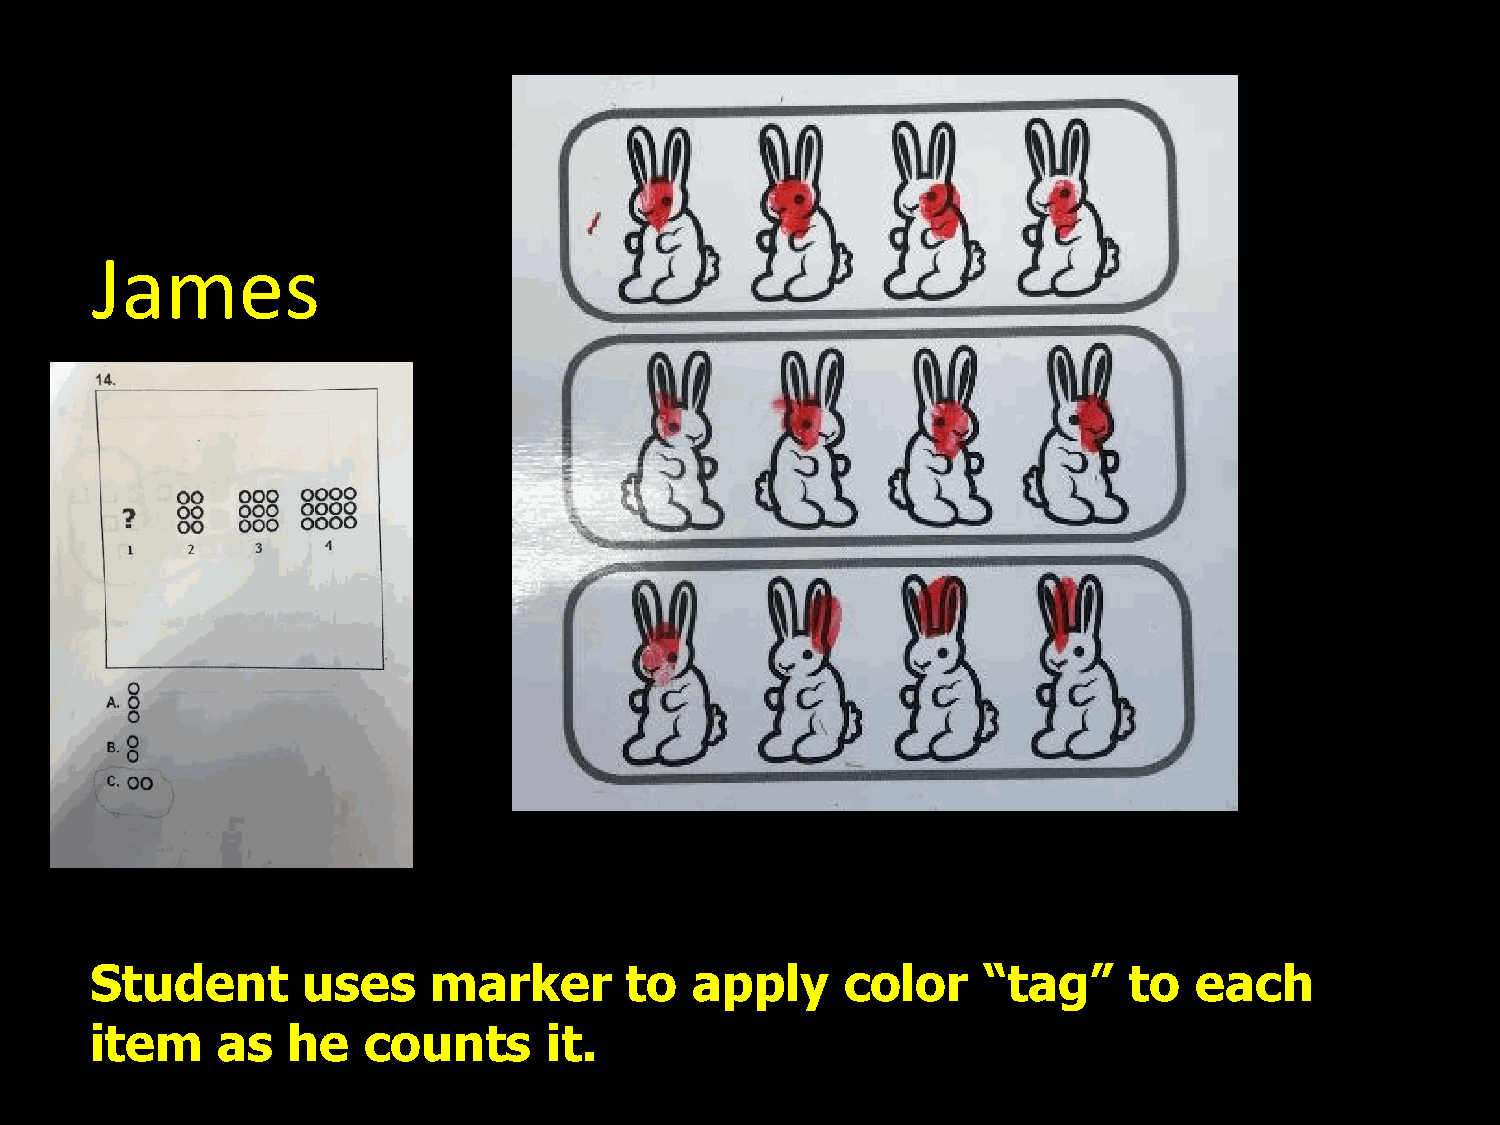
James
 Student       uses     marker      to   apply     color    “tag”     to  each
 item    as   he   counts      it.